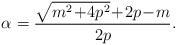
LaTeX: \begin{align*}\alpha &= \frac{\sqrt{m^2 \!+\! 4p^2}\!+\! 2p \!-\! m}{2p}.\end{align*}